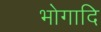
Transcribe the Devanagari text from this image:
भोगादि